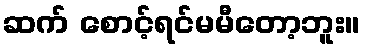
ဆက် စောင့်ရင်မမီတော့ဘူး။